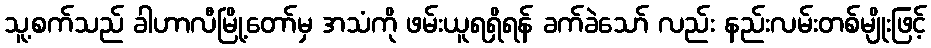
သူ့စက်သည် ခါဟာလီမြို့တော်မှ အသံကို ဖမ်းယူရရှိရန် ခက်ခဲသော် လည်း နည်းလမ်းတစ်မျိုးဖြင့်